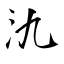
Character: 氿